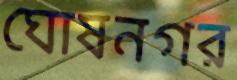
ঘোষনগর